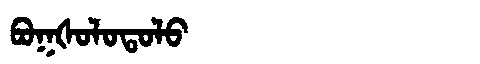
Manchu: ᠪᠣᡴᡧᠣᠯᠣᡨᠣᠯᠣ
Romanization: BOKŠOLOTOLO